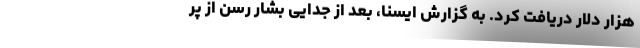
هزار دلار دریافت کرد. به گزارش ایسنا، بعد از جدایی بشار رسن از پر